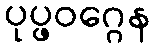
ပုပ္ဖဝဂ္ဂေန